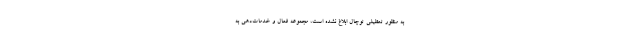
به منظور تعطیلی توچال ابلاغ نشده است، مجموعه فعال و خدمات‌دهی به